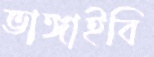
ভাঙ্গাইবি